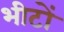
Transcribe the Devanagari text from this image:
भीटों